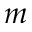
m